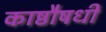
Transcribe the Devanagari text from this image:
काष्ठौषधी